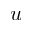
\boldsymbol { u }